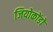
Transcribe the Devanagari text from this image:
जियोकोंडो